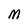
Character: M